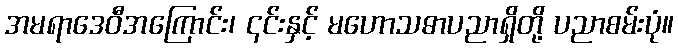
အမရာဒေဝီအကြောင်း၊ ၎င်းနှင့် မဟောသဓာပညာရှိတို့ ပညာစမ်းပုံ။